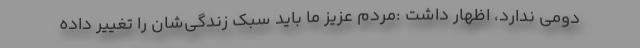
دومی ندارد، اظهار داشت :مردم عزیز ما باید سبک زندگی‌شان را تغییر داده